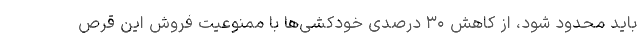
باید محدود شود، از کاهش ۳۰ درصدی خودکشی‌ها با ممنوعیت فروش این قرص